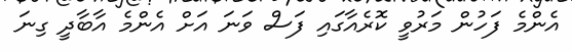
އެންމެ ފަހުން މަރުވީ ކޮރެއާގައި ފަސް ވަނަ އަށް އެންމެ އާބާދީ ގިނަ